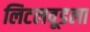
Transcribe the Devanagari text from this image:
लिटलवूडला